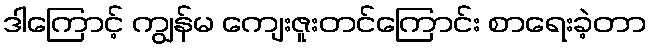
ဒါကြောင့် ကျွန်မ ကျေးဇူးတင်ကြောင်း စာရေးခဲ့တာ